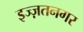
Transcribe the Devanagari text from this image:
इज्ज़तनगर